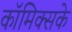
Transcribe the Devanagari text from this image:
कॉमिक्सके